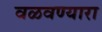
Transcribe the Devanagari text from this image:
वळवण्यारा